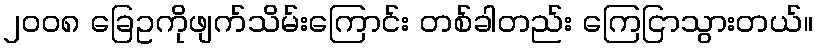
၂၀၀၈ ခြေဥကိုဖျက်သိမ်းကြောင်း တစ်ခါတည်း ကြေငြာသွားတယ်။